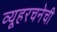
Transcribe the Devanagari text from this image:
व्यूहरचनेची